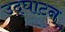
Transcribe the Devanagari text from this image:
उद्‌घाटन